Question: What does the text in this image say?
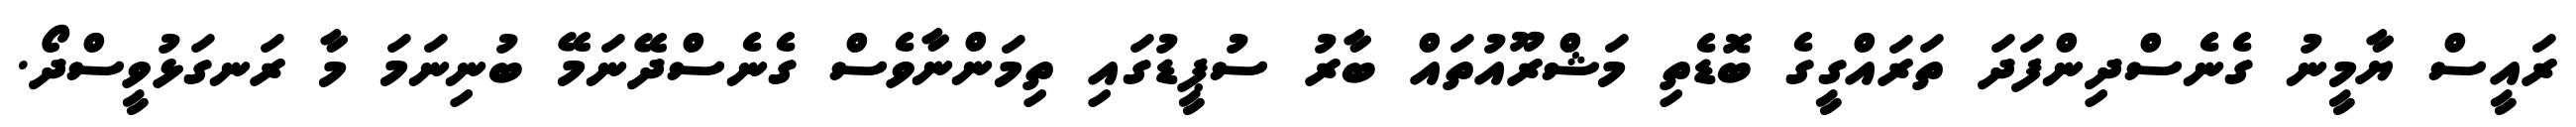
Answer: ރައީސް ޔާމީނު ގެނެސްދިންފަދަ ތަރައްގީގެ ބޮޑެތި މަޝްރޫއުތައް ބާރު ސުޕީޑުގައި ތިމަންނާވެސް ގެނެސްދޭނަމޭ ބުނިނަމަ މާ ރަނގަޅުވީސްދޯ.